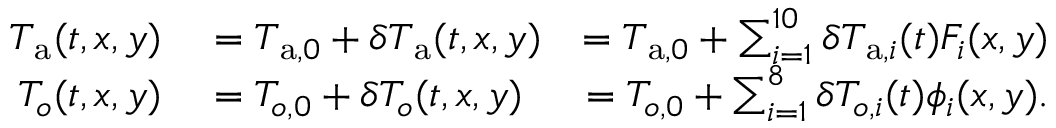
\begin{array} { r l r } { T _ { \mathrm { a } } ( t , x , y ) } & { { } = T _ { \mathrm { a } , 0 } + \delta T _ { \mathrm { a } } ( t , x , y ) } & { = T _ { \mathrm { a } , 0 } + \sum _ { i = 1 } ^ { 1 0 } \delta T _ { \mathrm { a } , i } ( t ) F _ { i } ( x , y ) } \\ { T _ { o } ( t , x , y ) } & { { } = T _ { o , 0 } + \delta T _ { o } ( t , x , y ) } & { = T _ { o , 0 } + \sum _ { i = 1 } ^ { 8 } \delta T _ { o , i } ( t ) \phi _ { i } ( x , y ) . } \end{array}